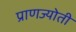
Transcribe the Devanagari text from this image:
प्राणज्योती